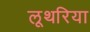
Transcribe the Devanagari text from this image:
लूथरिया